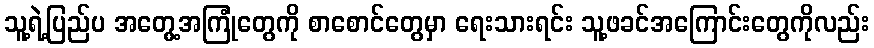
သူ့ရဲ့ပြည်ပ အတွေ့အကြုံတွေကို စာစောင်တွေမှာ ရေးသားရင်း သူ့ဖခင်အကြောင်းတွေကိုလည်း